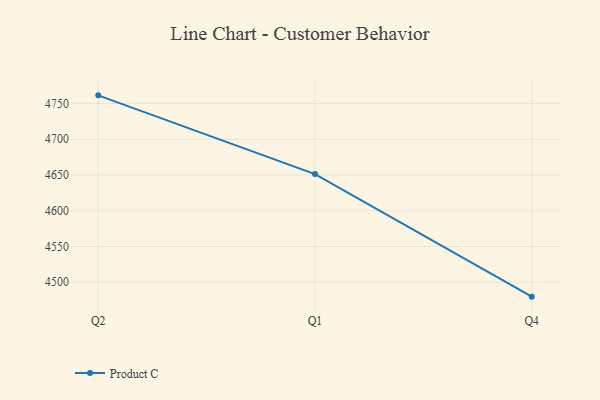
{"axis": {"x": "Quarter", "y": "Customer Acquisition Cost (USD)"}, "legend": ["Product C"], "data": [{"x": "Q2", "y": 4761.4, "type": "Product C"}, {"x": "Q1", "y": 4651.3, "type": "Product C"}, {"x": "Q4", "y": 4479.9, "type": "Product C"}]}